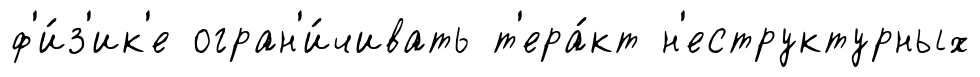
ф'и́з'ик'е огран'и́чивать т'ера́кт н'еструктурных